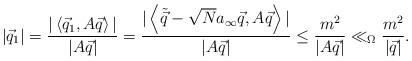
LaTeX: \begin{align*}|\vec{q}_1|= \frac{|\left<\vec{q}_1,A\vec{q} \right>|}{|A\vec{q}|}= \frac{|\left<\tilde{\vec{q}}-\sqrt{N}a_{\infty}\vec{q},A\vec{q} \right>|}{|A\vec{q}|}\leq \frac{m^2}{|A\vec{q}|}\ll_{\Omega} \frac{m^2}{|\vec{q}|}.\end{align*}